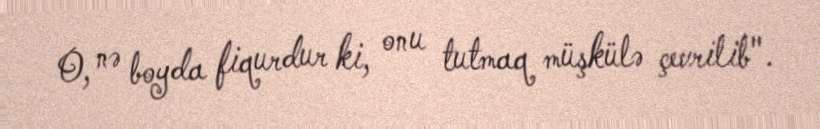
O, nə boyda fiqurdur ki, onu tutmaq müşkülə çevrilib".